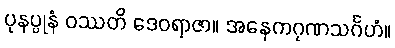
ပုနပ္ပုနံ ဝဿတိ ဒေဝရာဇာ။ အနေကဂုဏသင်္ဂဟံ။